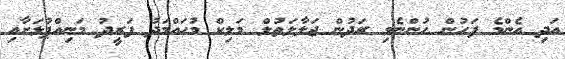
އަދި އެންމެ ފަހުން ހުންނެވި ރަދުން ޖަލާލަތުލް މަލިކް މުޙައްމަދު ފަރީދު މަނިއްޕުޅަށާއި